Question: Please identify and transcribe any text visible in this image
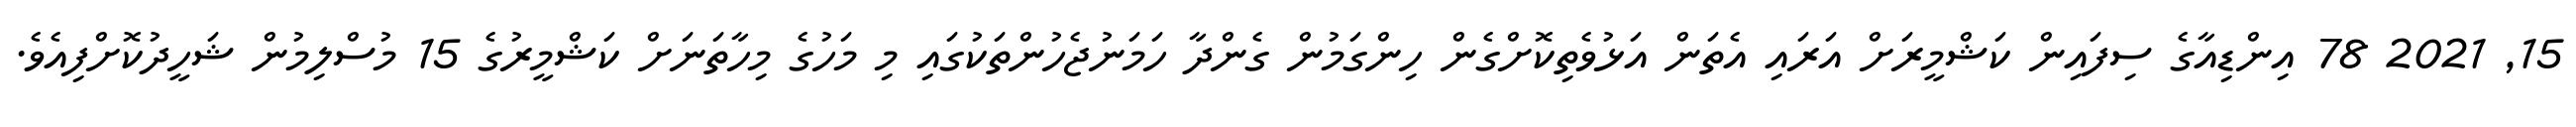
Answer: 15, 2021 78 އިންޑިއާގެ ސިފައިން ކަޝްމީރަށް އަރައި އެތަން އަޅުވެތިކޮށްގެން ހިންގަމުން ގެންދާ ހަމަނުޖެހުންތަކުގައި މި މަހުގެ މިހާތަނަށް ކަޝްމީރުގެ 15 މުސްލިމުން ޝަހީދުކޮށްފިއެވެ.